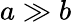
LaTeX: a\gg b